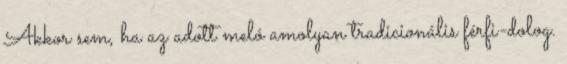
Akkor sem, ha az adott meló amolyan tradicionális férfi-dolog.